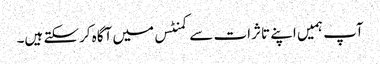
آپ ہمیں اپنے تاثرات سے کمنٹس میں آگاہ کرسکتے ہیں۔